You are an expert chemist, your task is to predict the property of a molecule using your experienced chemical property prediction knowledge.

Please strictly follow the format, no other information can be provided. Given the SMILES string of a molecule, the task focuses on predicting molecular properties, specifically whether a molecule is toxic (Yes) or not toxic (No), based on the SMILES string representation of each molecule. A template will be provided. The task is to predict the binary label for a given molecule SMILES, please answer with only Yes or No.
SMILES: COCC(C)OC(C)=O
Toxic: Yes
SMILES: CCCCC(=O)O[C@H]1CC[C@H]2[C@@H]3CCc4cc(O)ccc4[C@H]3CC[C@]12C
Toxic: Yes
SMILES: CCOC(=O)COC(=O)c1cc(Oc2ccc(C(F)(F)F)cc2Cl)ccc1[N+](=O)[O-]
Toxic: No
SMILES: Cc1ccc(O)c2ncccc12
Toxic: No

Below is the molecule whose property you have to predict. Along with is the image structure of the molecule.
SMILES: CCc1cccc(C)c1N(C(=O)CCl)C(C)COC
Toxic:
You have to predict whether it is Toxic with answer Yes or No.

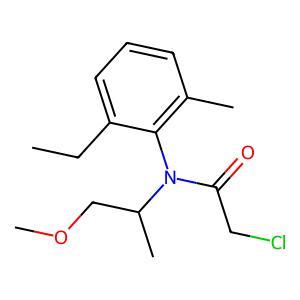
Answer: No